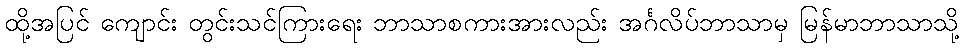
ထို့အပြင် ကျောင်း တွင်းသင်ကြားရေး ဘာသာစကားအားလည်း အင်္ဂလိပ်ဘာသာမှ မြန်မာဘာသာသို့